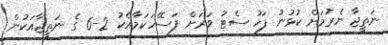
ނަތީޖާ ނެރުމަށް ކުޅުނު ފަހު ސެޓު ވަރަށް ފަސޭހަކަމާއެކު 2-6 ގެ ނަތީޖާއަކުން